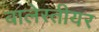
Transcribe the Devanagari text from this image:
बालेस्तीयर